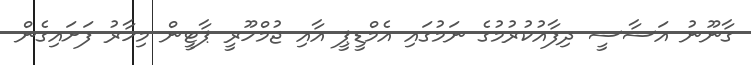
ގާނޫނު އަސާސީ ދިފާއުކުރުމުގެ ނަމުގައި އެމްޑީޕީ އާއި ޖުމްހޫރީ ޕާޓީން މިހާރު ފަށައިގެން